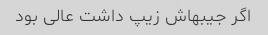
اگر جیبهاش زیپ داشت عالی بود